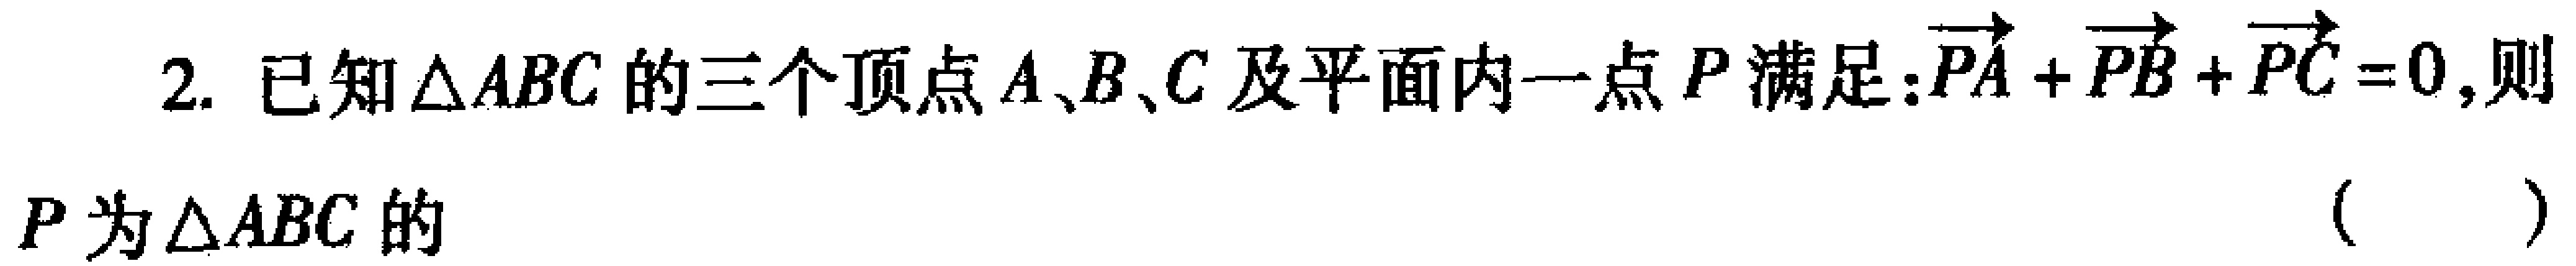
2. 已知\(\triangle ABC\)的三个顶点\(A、B、C\)及平面内一点\(P\)满足：\(\overrightarrow{PA}+\overrightarrow{PB}+\overrightarrow{PC} = 0\)，则\(P\)为\(\triangle ABC\)的 （  ）